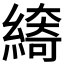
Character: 𱺁